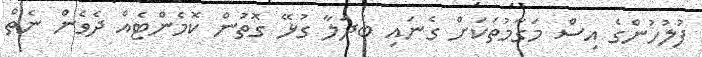
ފުލުހުންގެ އިސް މަގާމުތަކަށް ގެނައި ބަދަލާ ގުޅޭ ގޮތުން ކޮމެންޓެއް ދެވެން ނެތް